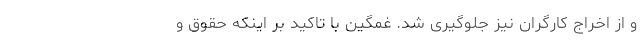
و از اخراج کارگران نیز جلوگیری شد. غمگین با تاکید بر اینکه حقوق و